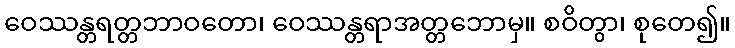
ဝေဿန္တရတ္တဘာဝတော၊ ဝေဿန္တရာအတ္တဘောမှ။ စဝိတွာ၊ စုတေ၍။